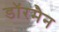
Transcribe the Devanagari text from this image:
डॉरमैन